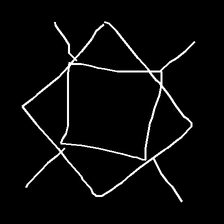
Glyph: light